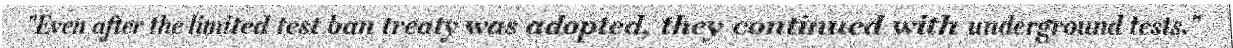
"Even after the limited test ban treaty was adopted, they continued with underground tests."